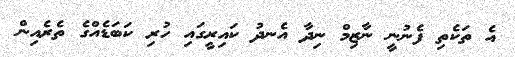
އެ ތަކެތި ފެނުނީ ނާޒިމް ނިދާ އެނދު ކައިރީގައި ހުރި ކަބަޑެއްގެ ތެރެއިން